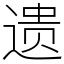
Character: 遗